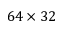
6 4 \times 3 2